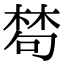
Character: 𣕽